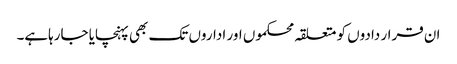
ان قرار دادوں کو متعلقہ محکموں اور اداروں تک بھی پہنچایا جارہاہے۔